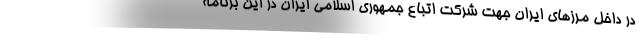
در داخل مرزهای ایران جهت شرکت اتباع جمهوری اسلامی ایران در این برنامه